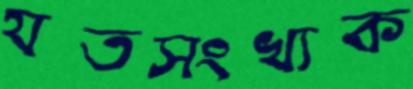
যতসংখ্যক